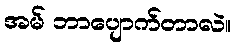
အမ် ဘာပျောက်တာလဲ။